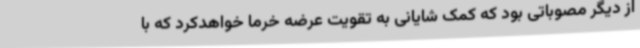
از دیگر مصوباتی بود که کمک شایانی به تقویت عرضه خرما خواهدکرد که با